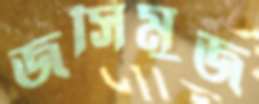
জসিমুজ